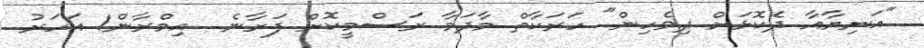
"އަނިޔާއާ ދެކޮޅަށް ދިވެހިން" ހަރަކާތް މާދަމާ ރަސްމީކޮށް ފަށާނެ  އިމްރާން1 އަހަރު